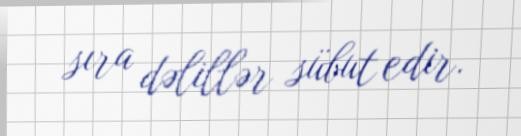
sıra dəlillər sübut edir.